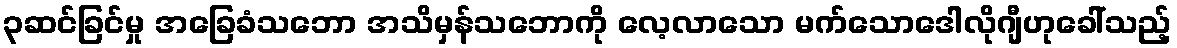
၃ဆင်ခြင်မှု အခြေခံသဘော အသိမှန်သဘောကို လေ့လာသော မက်သောဒေါလိုဂျီဟုခေါ်သည့်